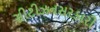
સીટીઝનસરકારી